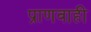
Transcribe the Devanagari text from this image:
प्राणवाही